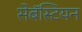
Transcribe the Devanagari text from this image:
सेबॅस्टियन